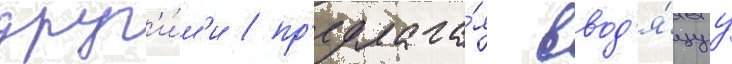
друг'и́м'и / пр'едлага́я ввод'я́щуу